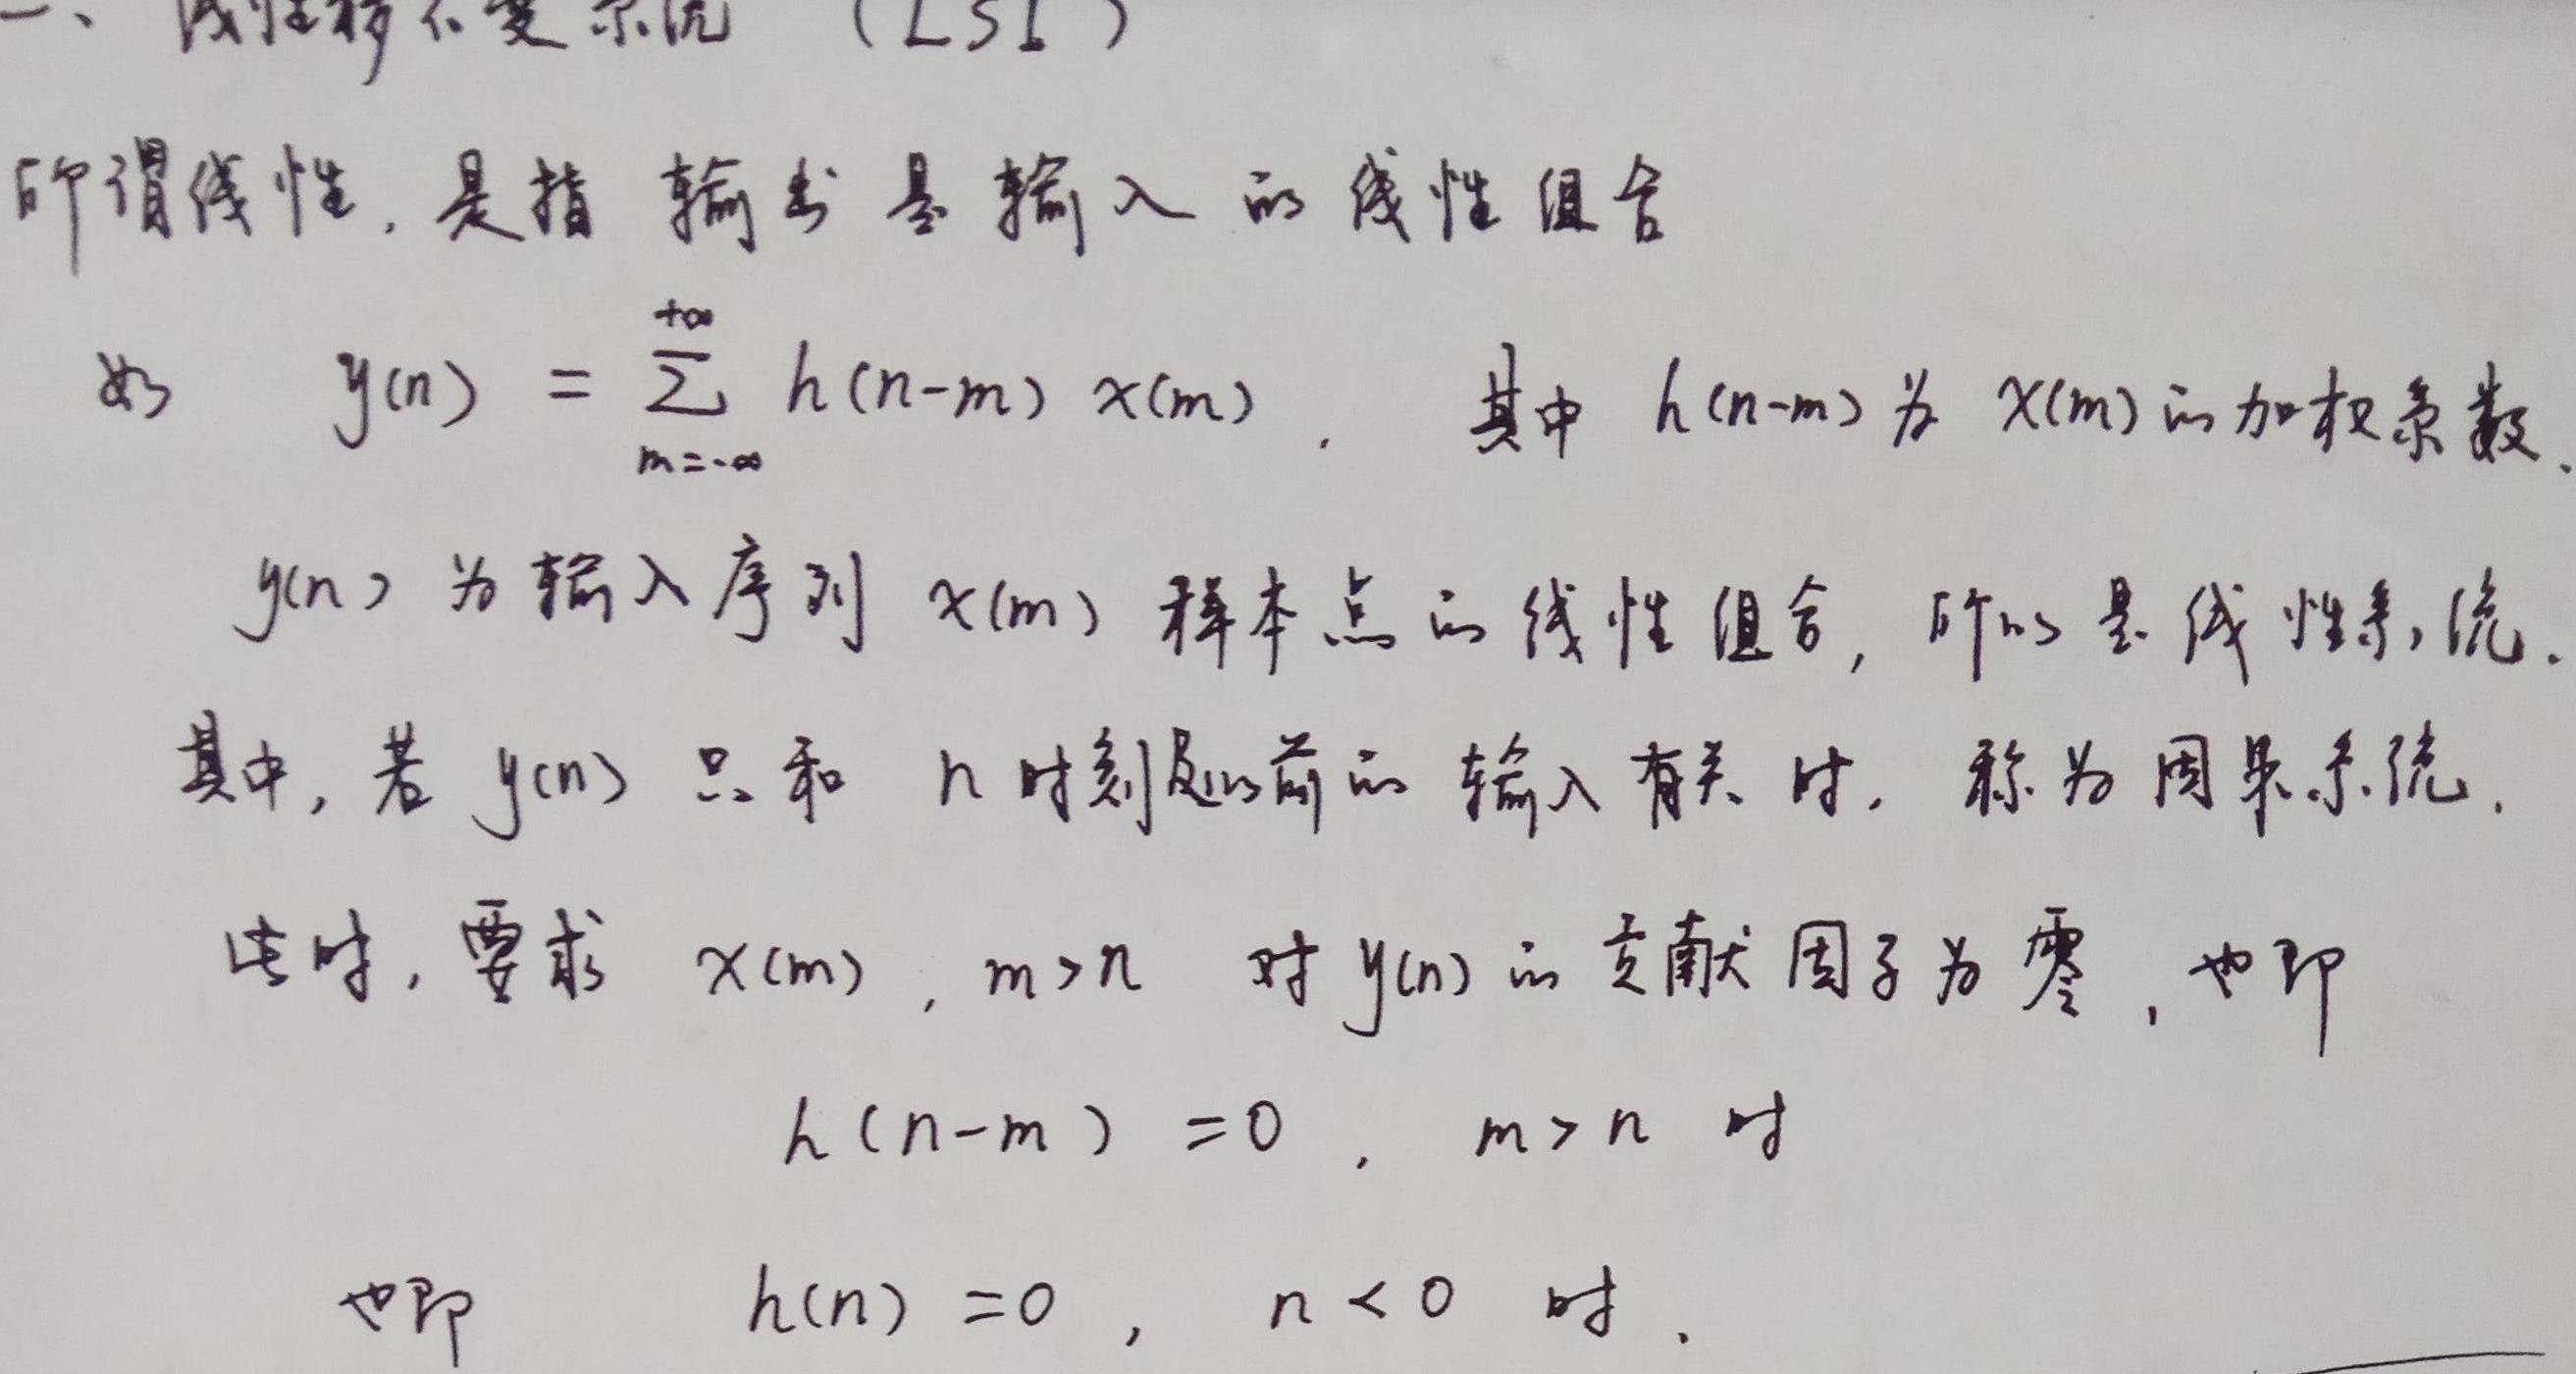
二、线性移不变系统（LSI）
所谓线性，是指输出是输入的线性组合。如\(y(n)=\sum_{m = -\infty}^{+\infty} h(n - m)x(m)\)，其中\(h(n - m)\)为\(x(m)\)的加权系数。\(y(n)\)为输入序列\(x(m)\)样本点的线性组合，所以是线性系统。

其中，若\(y(n)\)只和\(n\)时刻以前的输入有关时，称为因果系统。这时，要求\(x(m)\)，\(m>n\)对\(y(n)\)的贡献因子为零，也即\(h(n - m)=0\)，当\(m > n\)时；也即\(h(n)=0\)，当\(n < 0\)时。